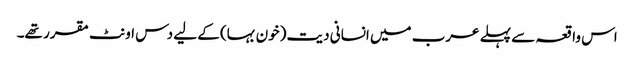
اس واقعہ سے پہلے عرب میں انسانی دیت (خون بہا) کے لیے دس اونٹ مقرر تھے۔